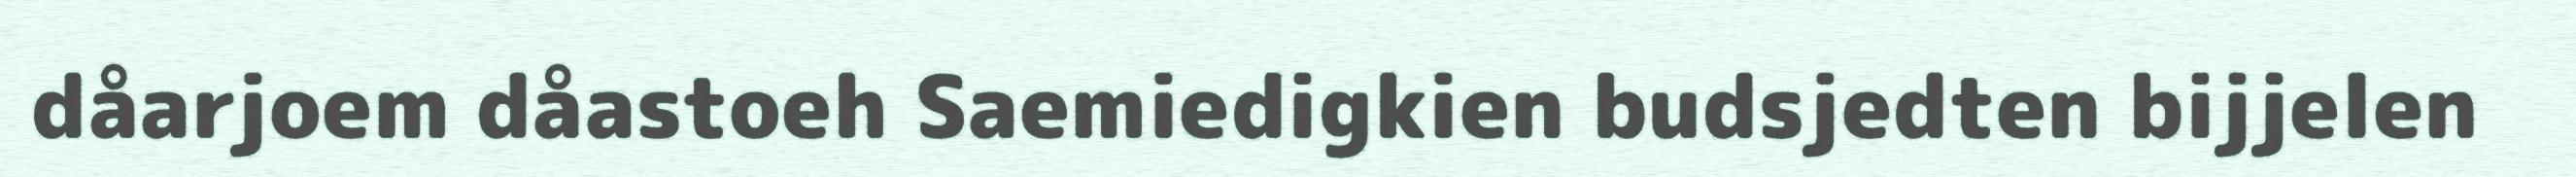
dåarjoem dåastoeh Saemiedigkien budsjedten bijjelen